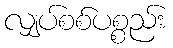
လျှပ်စစ်ပစ္စည်း